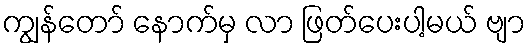
ကျွန်တော် နောက်မှ လာ ဖြတ်ပေးပါ့မယ် ဗျာ